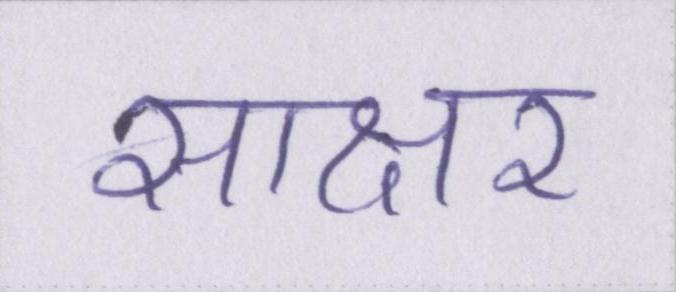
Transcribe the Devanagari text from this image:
साक्षर